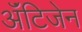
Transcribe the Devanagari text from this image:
ॲंटिजेन